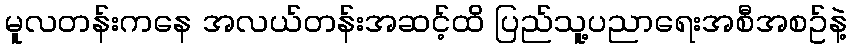
မူလတန်းကနေ အလယ်တန်းအဆင့်ထိ ပြည်သူ့ပညာရေးအစီအစဥ်နဲ့